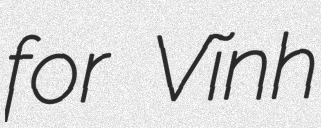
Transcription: for Vĩnh